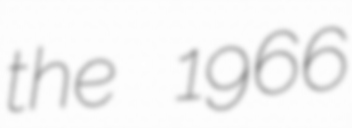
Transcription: the 1966